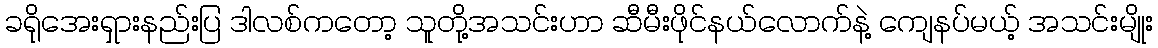
ခရိုအေးရှားနည်းပြ ဒါလစ်ကတော့ သူတို့အသင်းဟာ ဆီမီးဖိုင်နယ်လောက်နဲ့ ကျေနပ်မယ့် အသင်းမျိုး